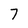
Character: 7